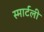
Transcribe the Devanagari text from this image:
स्मार्टली